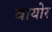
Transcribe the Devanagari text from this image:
वायोर